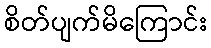
စိတ်ပျက်မိကြောင်း